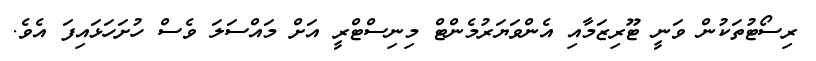
ރިސޯޓުތަކުން ވަނީ ޓޫރިޒަމާއި އެންވަޔަރުމެންޓް މިނިސްޓްރީ އަށް މައްސަލަ ވެސް ހުށަހަޅައިފަ އެވެ.